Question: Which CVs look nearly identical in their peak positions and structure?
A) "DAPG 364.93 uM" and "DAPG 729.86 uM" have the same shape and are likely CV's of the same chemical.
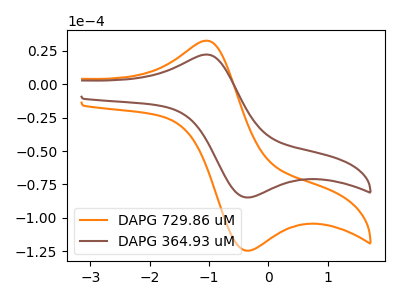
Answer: <think>The orange curve "DAPG 729.86 uM" has an anodic peak at (-1.05V, 32.40uA) and a cathodic peak at (-0.30V, -124.40uA). The brown curve "DAPG 364.93 uM" has an anodic peak at (-1.05V, 22.05uA) and a cathodic peak at (-0.30V, -84.70uA).
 All the peaks in "DAPG 729.86 uM" have a peak in "DAPG 364.93 uM" at the same potential. Every peak in "DAPG 729.86 uM" is higher than every peak in "DAPG 364.93 uM".</think>
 <answer>A) "DAPG 364.93 uM" and "DAPG 729.86 uM" have the same shape and are likely CV's of the same chemical.</answer>
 <eval>A</eval>